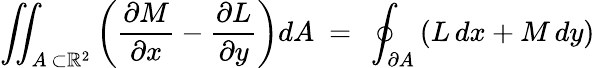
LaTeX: \iint_{A\, \subset\mathbb{R}^{2}}\left({\frac{\partial M}{\partial x}}-{\frac{\partial L}{\partial y}}\right)dA\ =\ \oint_{\partial A}\left(L\, dx+M\, dy\right)